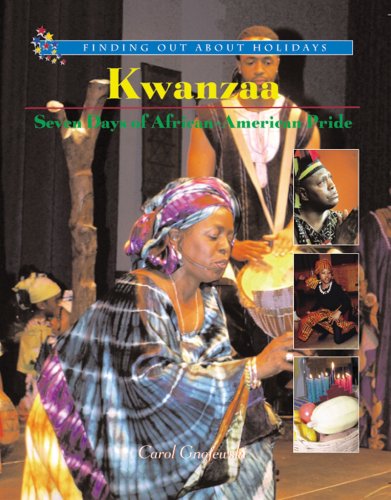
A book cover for Kwanzaa: Seven Days of African-American Pride (Finding Out about Holidays); Carol Gnojewski; Children's Books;